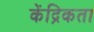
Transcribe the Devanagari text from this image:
केंद्रिकता